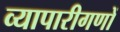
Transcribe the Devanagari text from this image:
व्यापारीगणों